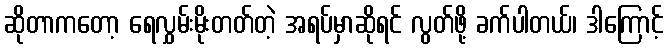
ဆိုတာကတော့ ရေလွှမ်းမိုးတတ်တဲ့ အရပ်မှာဆိုရင် လွတ်ဖို့ ခက်ပါတယ်၊ ဒါကြောင့်